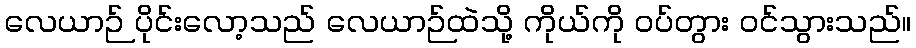
လေယာဉ် ပိုင်းလော့သည် လေယာဉ်ထဲသို့ ကိုယ်ကို ဝပ်တွား ဝင်သွားသည်။